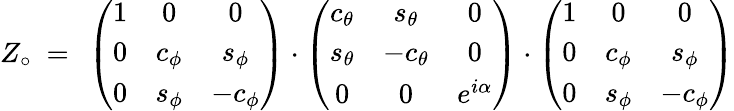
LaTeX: Z_{\circ}\ =\ \left(\begin{array}{ccc}{{1}}&{{0}}&{{0}}\\ {{0}}&{{c_{\phi}}}&{{s_{\phi}}}\\ {{0}}&{{s_{\phi}}}&{{-c_{\phi}}}\end{array}\right)\cdot\left(\begin{array}{ccc}{{c_{\theta}}}&{{s_{\theta}}}&{{0}}\\ {{s_{\theta}}}&{{-c_{\theta}}}&{{0}}\\ {{0}}&{{0}}&{{e^{i\alpha}}}\end{array}\right)\cdot\left(\begin{array}{ccc}{{1}}&{{0}}&{{0}}\\ {{0}}&{{c_{\phi}}}&{{s_{\phi}}}\\ {{0}}&{{s_{\phi}}}&{{-c_{\phi}}}\end{array}\right)